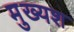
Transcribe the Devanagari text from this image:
मुख्यश